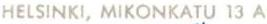
HELSINKI, MIKONKATU13 A